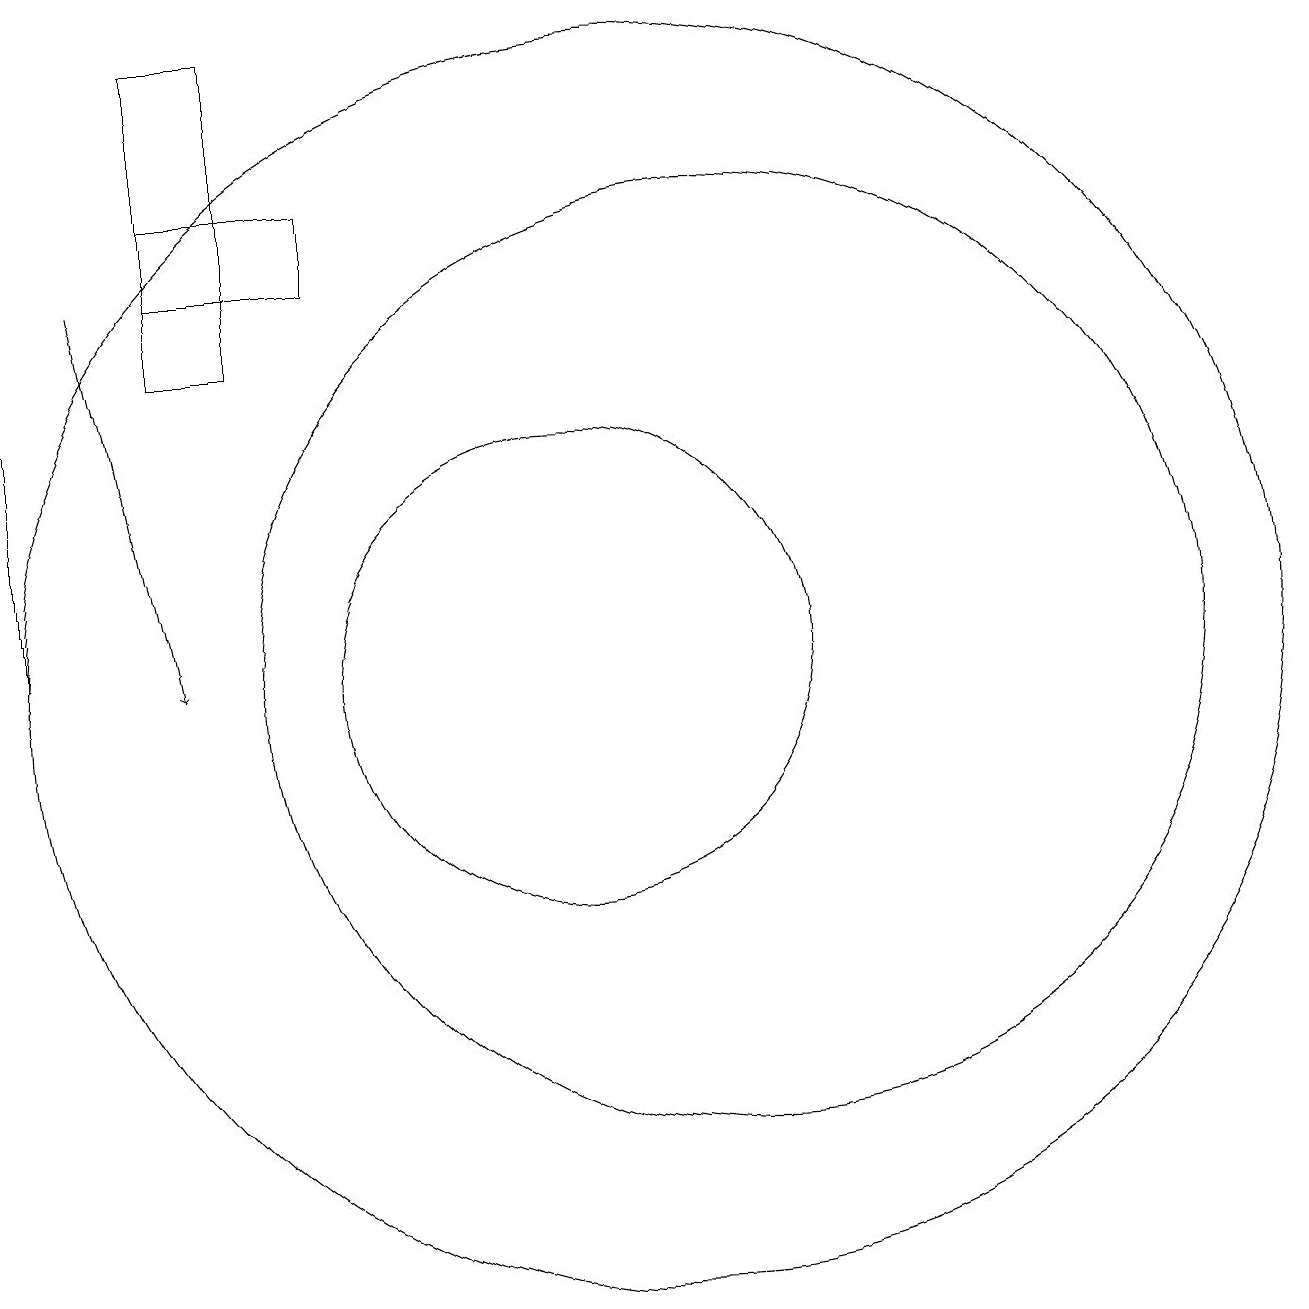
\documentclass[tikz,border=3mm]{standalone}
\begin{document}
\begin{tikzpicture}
\draw (11,12) circle (0);
\draw[->] (3,10) -- (3,18);
\draw (11,10) circle (8);
\draw (10,10) circle (3);
\draw[->] (4,15) -- (5,10);
\draw (5,18) rectangle (6,14);
\draw (5,15) rectangle (7,16);
\draw (12,10) circle (6);
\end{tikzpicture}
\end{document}